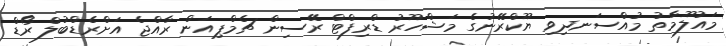
މައުލޫމާތު މުއްސަނދިވި ޔޫކްރޭނުގެ މަޝްހޫރު ޑްރިފްޓް ރޭސިން ޗެމްޕިއަން ރާއްޖެ އަށްރެޑްބުލް ރޯޑް